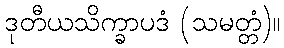
ဒုတီယသိက္ခာပဒံ (သမတ္တံ)။